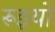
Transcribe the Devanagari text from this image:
रूइयो